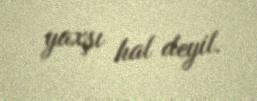
yaxşı hal deyil.